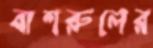
বাশরুলের